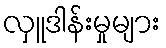
လှူဒါန်းမှုများ